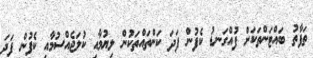
ތަފާތު ބައްޓަންތަކަށް ފުއްގަނޑު ކެފުން ފަދަ ކަންތައްތަކުން ލިޔުމާއި ކުލަޖެއްސުމާއި ކެފުން ފަދަ